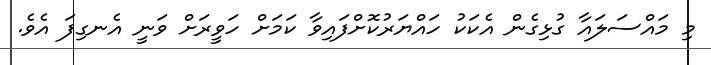
މި މައްސަލައާ ގުޅިގެން އެކަކު ހައްޔަރުކޮށްފައިވާ ކަމަށް ހަވީރަށް ވަނީ އެނގިފަ އެވެ.